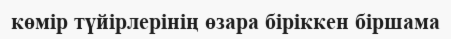
көмір түйірлерінің өзара біріккен біршама